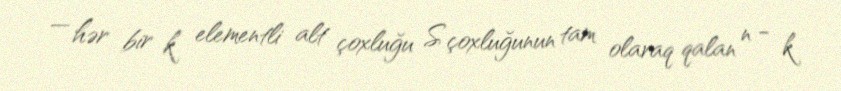
— hər bir k elementli alt çoxluğu S çoxluğunun tam olaraq qalan n − k